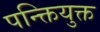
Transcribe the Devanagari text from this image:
पन्क्तियुक्त